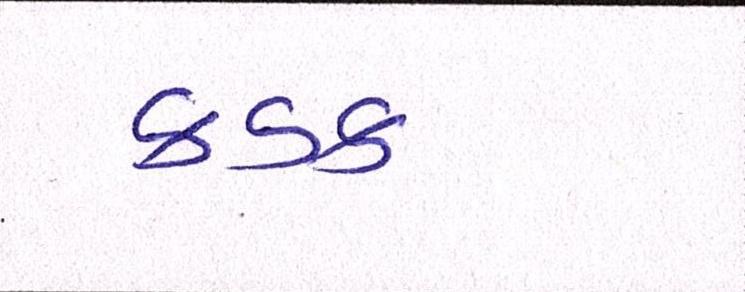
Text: કડક